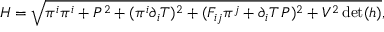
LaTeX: { \cal H } = \sqrt { \pi ^ { i } \pi ^ { i } + P ^ { 2 } + ( \pi ^ { i } \partial _ { i } T ) ^ { 2 } + ( F _ { i j } \pi ^ { j } + \partial _ { i } T \, P ) ^ { 2 } + V ^ { 2 } \operatorname * { d e t } ( h ) } ,